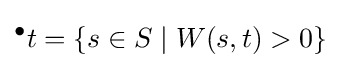
{}^{\bullet }t=\{s\in S\mid W(s,t)>0\}